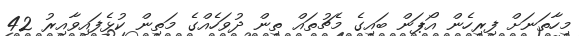
މިހާތަނަށް ފިރިހެން އޯޕަން ބައިގެ މެޗުތައް ތިން ދުވަހެއްގެ މަތިން ކުޅެފައިވާއިރު 42